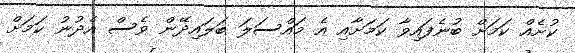
ކުށެއް ކަމަށް ބުނެފައިވާ ކަމަށާއި އެ މައްސަލަ ބަލައިދޭން ވެސް އެދުނު ކަމަށް